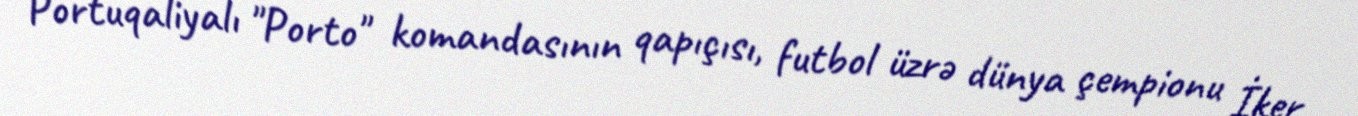
Portuqaliyalı "Porto" komandasının qapıçısı, futbol üzrə dünya çempionu İker